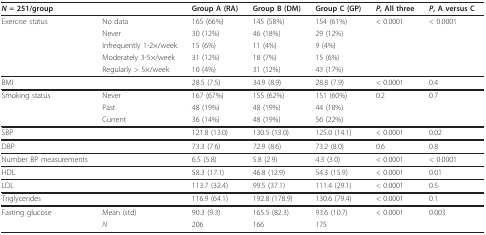
| N = 251/group |  | Group A (RA) | Group B (DM) | Group C (GP) | P, All three | P, A versus C |
 | --- | --- | --- | --- | --- | --- | --- |
 | Exercise status | No data | 165 (66%) | 145 (58%) | 154 (61%) | < 0.0001 | < 0.0001 |
 |  | Never | 30 (12%) | 46 (18%) | 29 (12%) |  |  |
 |  | Infrequently 1-2×/week | 15 (6%) | 11 (4%) | 9 (4%) |  |  |
 |  | Moderately 3-5×/week | 31 (12%) | 18 (7%) | 15 (6%) |  |  |
 |  | Regularly > 5×/week | 10 (4%) | 31 (12%) | 43 (17%) |  |  |
 | BMI |  | 28.5 (7.5) | 34.9 (8.9) | 28.8 (7.9) | < 0.0001 | 0.4 |
 | Smoking status | Never | 167 (67%) | 155 (62%) | 151 (60%) | 0.2 | 0.7 |
 |  | Past | 48 (19%) | 48 (19%) | 44 (18%) |  |  |
 |  | Current | 36 (14%) | 48 (19%) | 56 (22%) |  |  |
 | SBP |  | 121.8 (13.0) | 130.5 (13.0) | 125.0 (14.1) | < 0.0001 | 0.02 |
 | DBP |  | 73.3 (7.6) | 72.9 (8.6) | 73.2 (8.0) | 0.6 | 0.8 |
 | Number BP measurements |  | 6.5 (5.8) | 5.8 (2.9) | 4.3 (3.0) | < 0.0001 | < 0.0001 |
 | HDL |  | 58.3 (17.1) | 46.8 (12.9) | 54.3 (15.9) | < 0.0001 | 0.01 |
 | LDL |  | 113.7 (32.4) | 99.5 (37.1) | 111.4 (29.1) | < 0.0001 | 0.5 |
 | Triglycerides |  | 116.9 (64.1) | 192.8 (178.9) | 130.6 (79.4) | < 0.0001 | 0.1 |
 | Fasting glucose | Mean (std) | 90.3 (9.3) | 165.5 (82.3) | 93.6 (10.7) | < 0.0001 | 0.003 |
 |  | N | 206 | 166 | 175 |  |  |